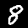
Digit: 8